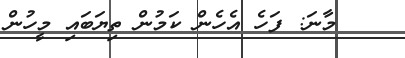
މާނަ: ފަހެ އެހެން ކަމުން ތިޔަބައި މީހުން